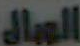
الموال